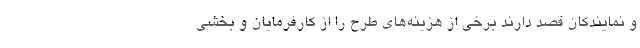
و نمایندگان قصد دارند برخی از هزینه‌های طرح را از کارفرمایان و بخشی